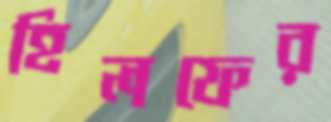
হিলফের